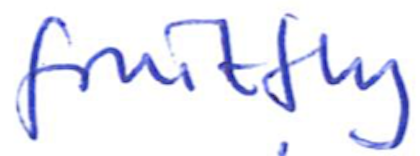
Text: fruitfly
Cross-out: clean
Writing tool: ballpoint